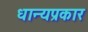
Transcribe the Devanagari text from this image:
धान्यप्रकार